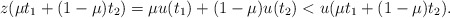
\begin{align*}z(\mu t_1 + (1-\mu)t_2) = \mu u(t_1) + (1- \mu) u(t_2) < u(\mu t_1 + (1-\mu)t_2).\end{align*}